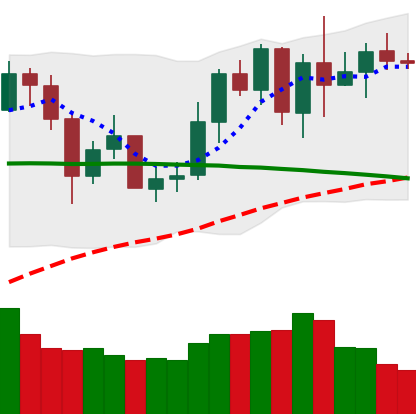
Ticker: XMR-USD
Chart end date: 2020-06-06
Forward return: -5.447%
Label: down_5_7